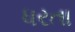
ધરતા